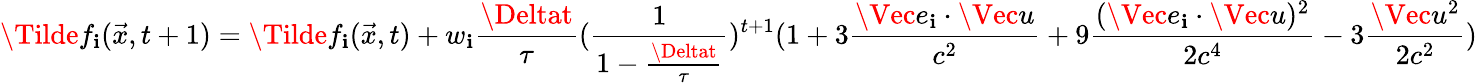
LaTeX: \Tilde{f}_{\mathbf{i}}(\vec{{x}},t+1)=\Tilde{f}_{\mathbf{i}}(\vec{{x}},t)+w_{\mathbf{i}}\frac{{\Deltat}}{{\tau}}(\frac{{1}}{{1-\frac{{\Deltat}}{{\tau}}}})^{t+1}(1+3\frac{{\Vec{e}_{\mathbf{i}}\cdot\Vec{u}}}{{c^{2}}}+9\frac{{(\Vec{e}_{\mathbf{i}}\cdot\Vec{u})^{2}}}{{2c^{4}}}-3\frac{{\Vec{u}^{2}}}{{2c^{2}}})